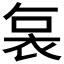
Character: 𮕷